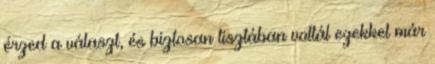
érzed a választ, és biztosan tisztában voltál ezekkel már